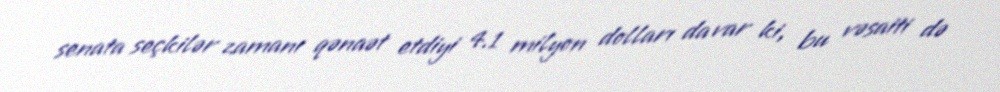
senata seçkilər zamanı qənaət etdiyi 4.1 milyon dolları da var ki, bu vəsaiti də